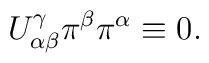
U^\gamma_{\alpha\beta}\pi^\beta\pi^\alpha\equiv 0.